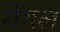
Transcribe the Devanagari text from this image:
थेंगल